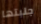
جلبتها